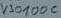
Text: B3100C